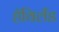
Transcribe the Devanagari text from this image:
हॅविलँड